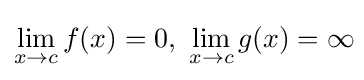
\lim _{x\to c}f(x)=0,\ \lim _{x\to c}g(x)=\infty \!